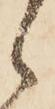
ら